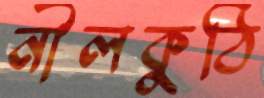
নীলকুঠি